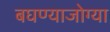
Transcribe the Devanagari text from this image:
बघण्याजोग्या